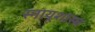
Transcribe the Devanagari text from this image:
स्नायूशास्त्र